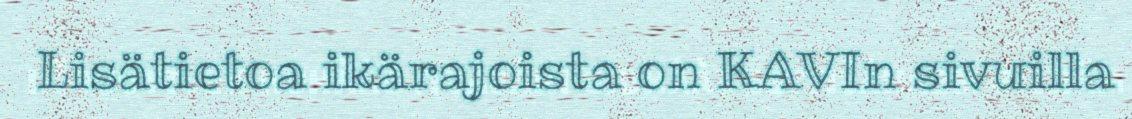
Lisätietoa ikärajoista on KAVIn sivuilla